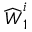
\widehat { \boldsymbol { W } } _ { 1 } ^ { i }